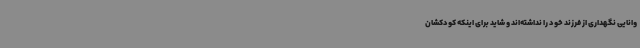
وانایی نگهداری از فرزند خود را نداشته‌اند و شاید برای اینکه کودکشان